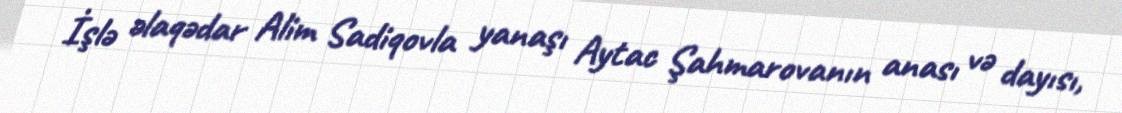
İşlə əlaqədar Alim Sadiqovla yanaşı Aytac Şahmarovanın anası və dayısı,